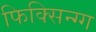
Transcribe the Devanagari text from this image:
फिक्सिन्ग्ग